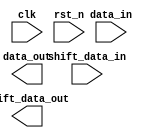
module PIPO_left_shift (
    input clk,
    input rst_n,
    input [15:0] data_in,
    output reg [15:0] data_out,
    input [15:0] shift_data_in,
    output reg shift_data_out
);

// Implement shifting logic for PIPO left mode

endmodule